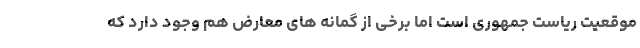
موقعیت ریاست جمهوری است اما برخی از گمانه های معارض هم وجود دارد که